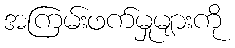
အကြမ်းဖက်မှုများကို